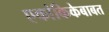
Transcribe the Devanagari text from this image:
एकांकिकेबाबत